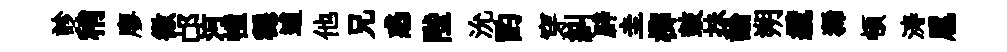
診稍廖徽邙河幢穩逋他兄惑陛沇酌穿糾辟圭榔鼓抺論朔纜狶頓涛扈